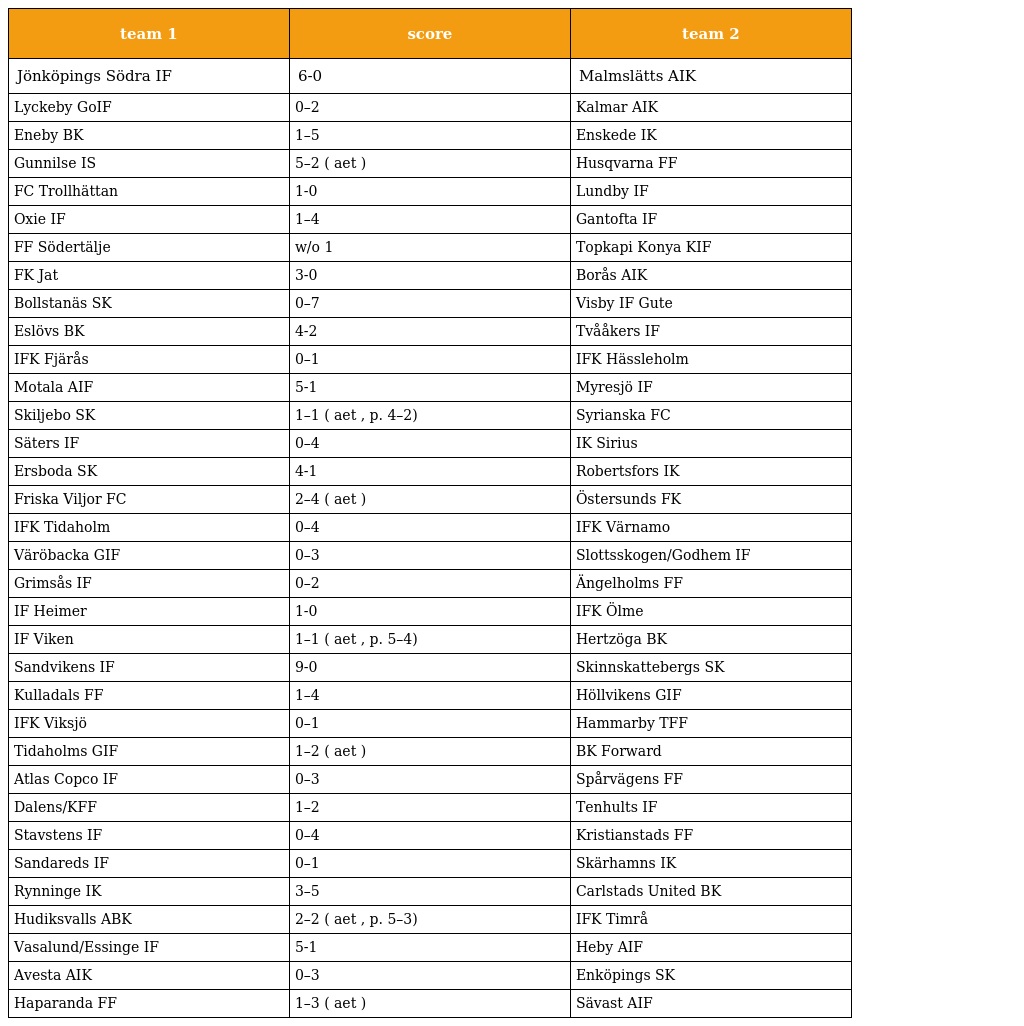
| team 1 | score | team 2 |
 | --- | --- | --- |
 | Jönköpings Södra IF | 6-0 | Malmslätts AIK |
 | Lyckeby GoIF | 0–2 | Kalmar AIK |
 | Eneby BK | 1–5 | Enskede IK |
 | Gunnilse IS | 5–2 ( aet ) | Husqvarna FF |
 | FC Trollhättan | 1-0 | Lundby IF |
 | Oxie IF | 1–4 | Gantofta IF |
 | FF Södertälje | w/o 1 | Topkapi Konya KIF |
 | FK Jat | 3-0 | Borås AIK |
 | Bollstanäs SK | 0–7 | Visby IF Gute |
 | Eslövs BK | 4-2 | Tvååkers IF |
 | IFK Fjärås | 0–1 | IFK Hässleholm |
 | Motala AIF | 5-1 | Myresjö IF |
 | Skiljebo SK | 1–1 ( aet , p. 4–2) | Syrianska FC |
 | Säters IF | 0–4 | IK Sirius |
 | Ersboda SK | 4-1 | Robertsfors IK |
 | Friska Viljor FC | 2–4 ( aet ) | Östersunds FK |
 | IFK Tidaholm | 0–4 | IFK Värnamo |
 | Väröbacka GIF | 0–3 | Slottsskogen/Godhem IF |
 | Grimsås IF | 0–2 | Ängelholms FF |
 | IF Heimer | 1-0 | IFK Ölme |
 | IF Viken | 1–1 ( aet , p. 5–4) | Hertzöga BK |
 | Sandvikens IF | 9-0 | Skinnskattebergs SK |
 | Kulladals FF | 1–4 | Höllvikens GIF |
 | IFK Viksjö | 0–1 | Hammarby TFF |
 | Tidaholms GIF | 1–2 ( aet ) | BK Forward |
 | Atlas Copco IF | 0–3 | Spårvägens FF |
 | Dalens/KFF | 1–2 | Tenhults IF |
 | Stavstens IF | 0–4 | Kristianstads FF |
 | Sandareds IF | 0–1 | Skärhamns IK |
 | Rynninge IK | 3–5 | Carlstads United BK |
 | Hudiksvalls ABK | 2–2 ( aet , p. 5–3) | IFK Timrå |
 | Vasalund/Essinge IF | 5-1 | Heby AIF |
 | Avesta AIK | 0–3 | Enköpings SK |
 | Haparanda FF | 1–3 ( aet ) | Sävast AIF |